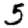
Digit: 5